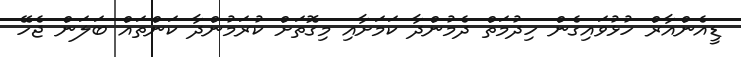
ޑީއެންއާރް ހުޅުވައިގެން ހިދުމަތް ދެމުންދާ ކަމަށާއި މިގޮތަށް ކުރަމުންދާ ކަންތައް ބަލަން ޖެހޭ